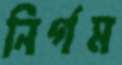
নির্গম